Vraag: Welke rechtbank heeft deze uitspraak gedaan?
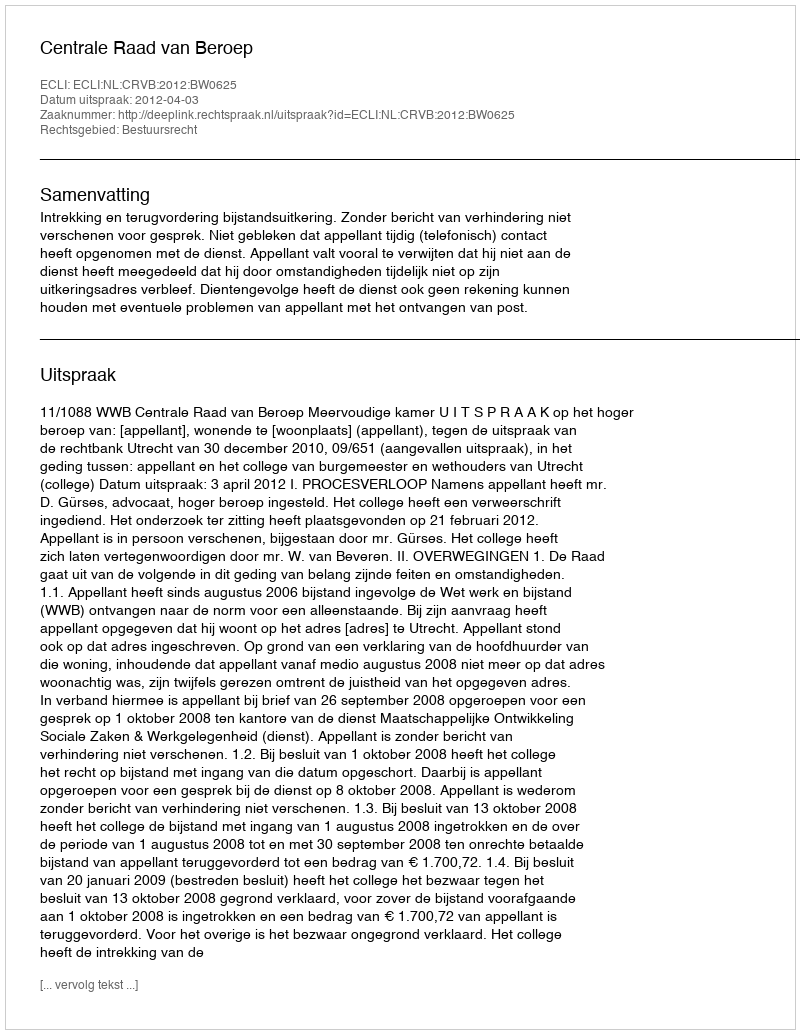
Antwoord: Centrale Raad van Beroep